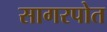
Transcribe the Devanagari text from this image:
सागरपोत